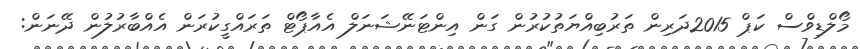
މޯލްޑިވްސް ކަޕް 2015ދަރިން ތަރުބިއްޔަތުކުރުން ގަން އިންޓަނޭޝަނަލް އެއާޕޯޓް ތަރައްގީކުރަން އެއްބާރުލުން ދޭނަން: